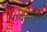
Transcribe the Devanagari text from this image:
पायसयुक्त